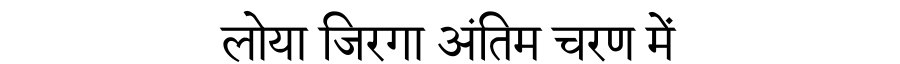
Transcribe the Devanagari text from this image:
लोया जिरगा अंतिम चरण में